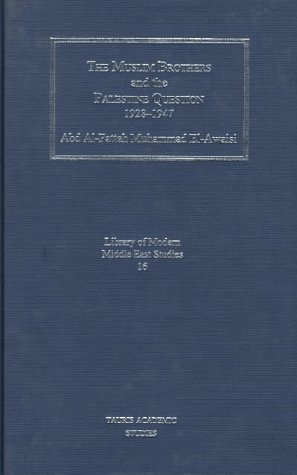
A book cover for The Muslim Brothers and the Palestine Question 1928-1947 (Library of Modern Middle East Studies); Abd al-Fattah M. El-Awaisi; History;